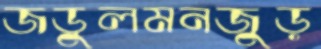
জডুলমনজুড়